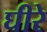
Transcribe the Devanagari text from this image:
घीरे